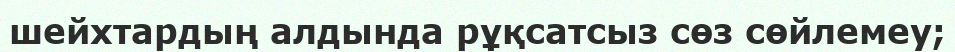
шейхтардың алдында рұқсатсыз сөз сөйлемеу;